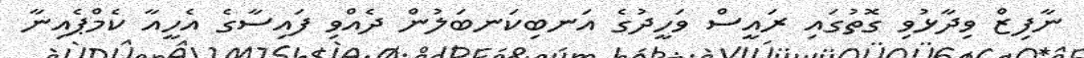
ނާފިޒް ވިދާޅުވި ގޮތުގައި ރައީސް ވަހީދުގެ އަނބިކަނބަލުން ދެއްވި ފައިސާގެ އެހީއާ ކެމްޕެއިނާ